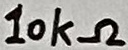
Text: 10kΩ